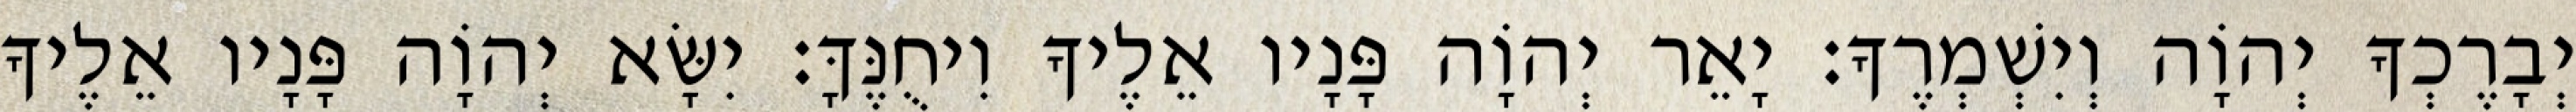
יְבָרֶכְךָ יְהוָֹה וְיִשְׁמְרֶךָ׃ יָאֵר יְהוָֹה פָּנָיו אֵלֶיךָ וִיחֻנֶּךָּ׃ יִשָּׂא יְהוָֹה פָּנָיו אֵלֶיךָ